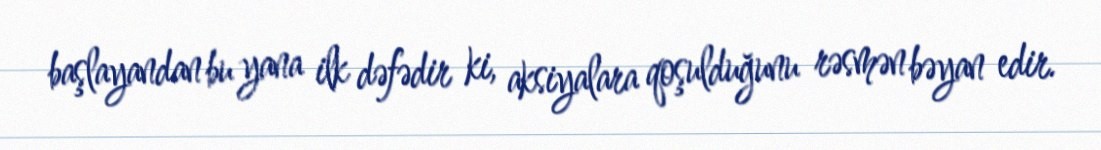
başlayandan bu yana ilk dəfədir ki, aksiyalara qoşulduğunu rəsmən bəyan edir.